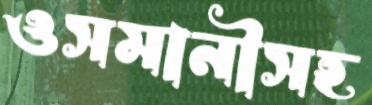
ওসমানীসহ